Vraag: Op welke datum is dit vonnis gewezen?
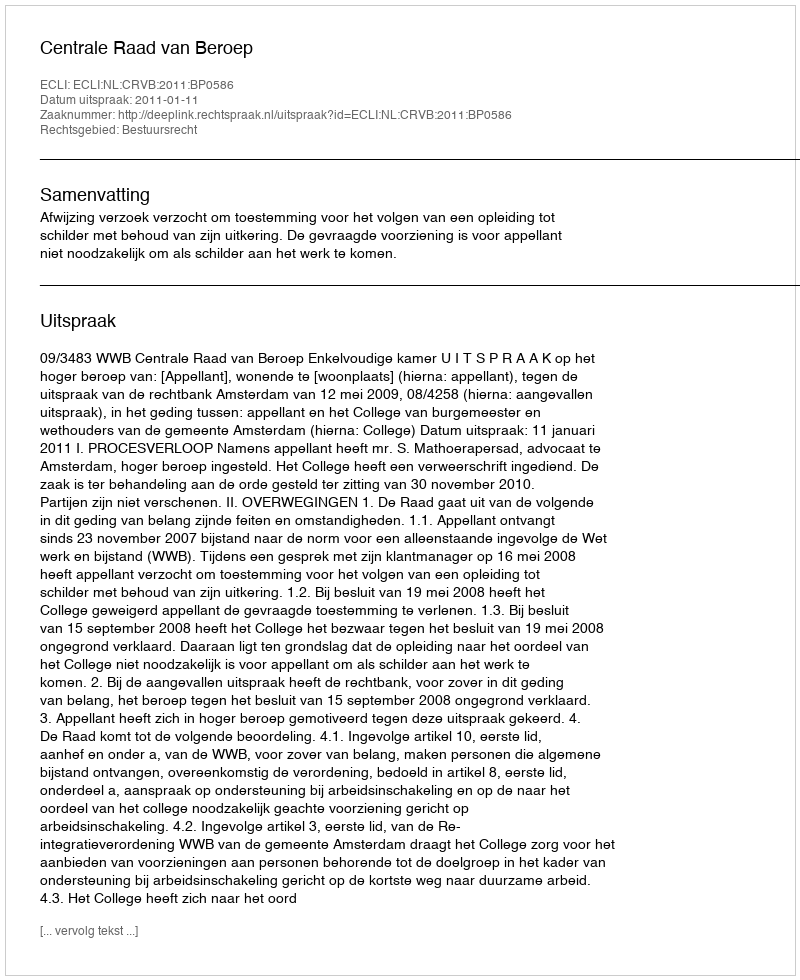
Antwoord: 2011-01-11